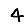
Digit: 4